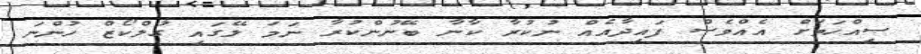
ސިއްހަތަށް އެއްވެސް ފައިދާއެއް ނުކުރާ ކާނާ ބޭނުންކުރާ ނަމަ ލޭގައި ގުލްކޯޒް ހުންނަ